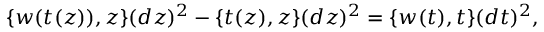
\{ w ( t ( z ) ) , z \} ( d z ) ^ { 2 } - \{ t ( z ) , z \} ( d z ) ^ { 2 } = \{ w ( t ) , t \} ( d t ) ^ { 2 } ,